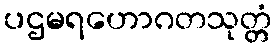
ပဌမရဟောဂတသုတ္တံ